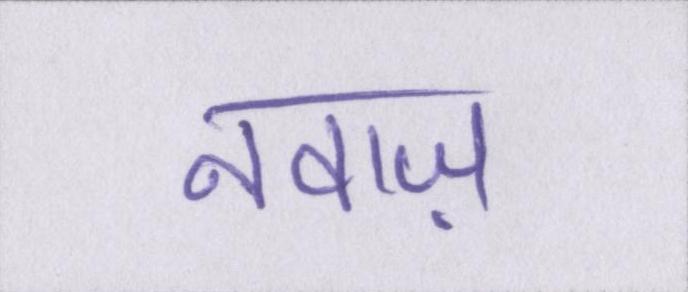
नवाज़